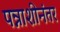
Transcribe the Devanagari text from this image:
पन्नाशीनंतर